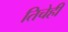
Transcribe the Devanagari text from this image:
तिचेही